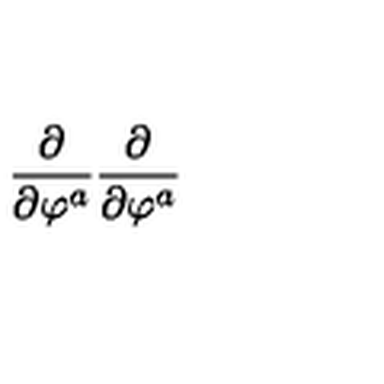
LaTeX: \frac \partial { \partial \varphi ^ { a } } \frac \partial { \partial \varphi ^ { a } }